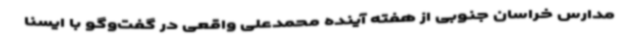
مدارس خراسان جنوبی از هفته آینده محمدعلی واقعی در گفت‌وگو با ایسنا